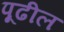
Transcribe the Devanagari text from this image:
पूढील